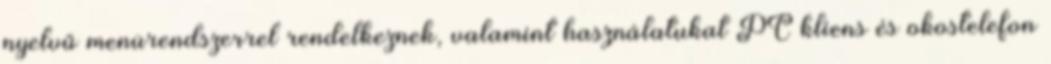
nyelvű menürendszerrel rendelkeznek, valamint használatukat PC kliens és okostelefon